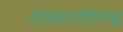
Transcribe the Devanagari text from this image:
होळकरांविरुद्ध